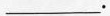
___.